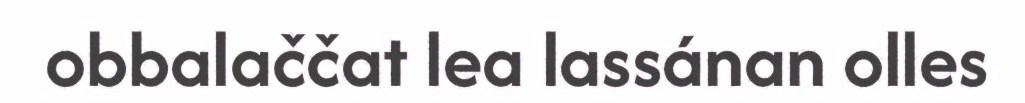
obbalaččat lea lassánan olles